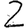
Digit: 2